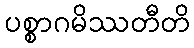
ပစ္စာဂမိဿတီတိ